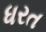
ધરત